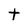
Character: t